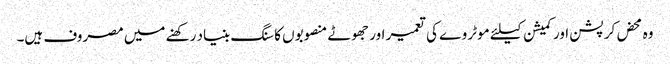
وہ محض کرپشن اور کمیشن کیلئے موٹر وے کی تعمیر اور جھوٹے منصوبوں کا سنگ بنیاد رکھنے میں مصروف ہیں۔